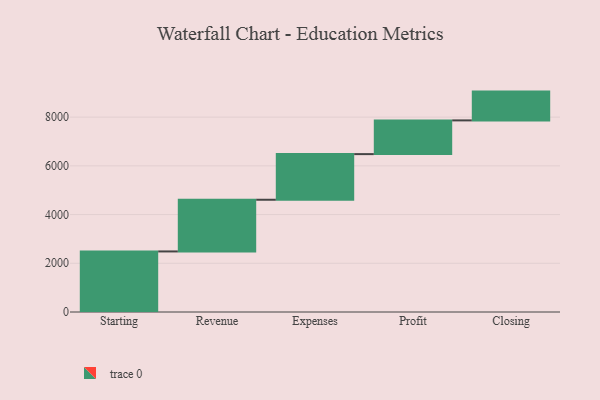
{"axis": {"x": "Step", "y": "Value"}, "legend": [""], "data": [{"x": "Starting", "y": 2486.0, "type": ""}, {"x": "Revenue", "y": 2122.0, "type": ""}, {"x": "Expenses", "y": 1874.0, "type": ""}, {"x": "Profit", "y": 1384.0, "type": ""}, {"x": "Closing", "y": 1182.0, "type": ""}]}